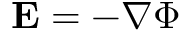
\mathbf { E } = - \nabla \Phi